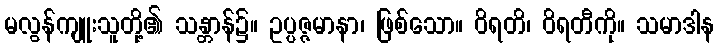
မလွန်ကျူးသူတို့၏ သန္တာန်၌။ ဥပ္ပဇ္ဇမာနာ၊ ဖြစ်သော။ ဝိရတိ၊ ဝိရတီကို။ သမာဒါန